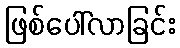
ဖြစ်ပေါ်လာခြင်း